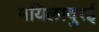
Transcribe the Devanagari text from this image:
मयिलादुरई